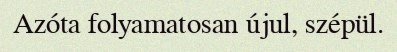
Azóta folyamatosan újul, szépül.